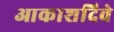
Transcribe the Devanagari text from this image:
आकाशदिवे